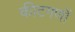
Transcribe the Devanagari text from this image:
कीटगणों